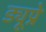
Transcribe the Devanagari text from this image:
ड्यूप्रे